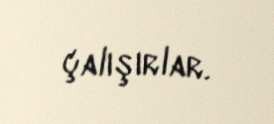
çalışırlar.